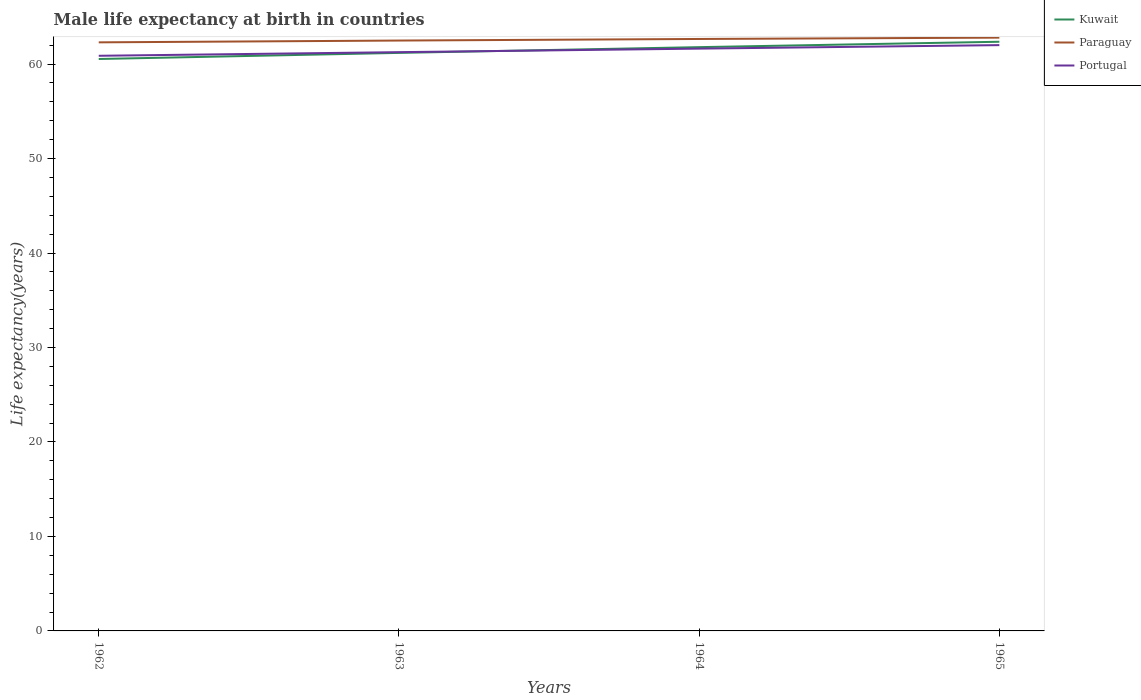
| Years | Kuwait | Paraguay | Portugal |
 | --- | --- | --- | --- |
 | 1962 | 60.5 | 62.3 | 60.9 |
 | 1963 | 61.2 | 62.5 | 61.3 |
 | 1964 | 61.8 | 62.7 | 61.6 |
 | 1965 | 62.4 | 62.8 | 62 |